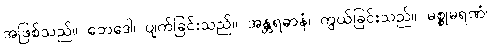
အဖြစ်သည်။ ဘေဒေါ၊ ပျက်ခြင်းသည်။ အန္တရဓာနံ၊ ကွယ်ခြင်းသည်။ မစ္စုမရဏံ၊